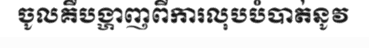
ចូលគឺបង្ហាញពីការលុបបំបាត់នូវ